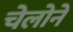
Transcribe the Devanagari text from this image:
चेलोने